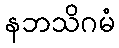
နဘသိဂမံ